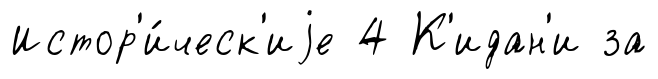
Истор'и́ческ'иjе 4 К'идан'и за